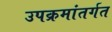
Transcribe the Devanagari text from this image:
उपक्रमांतर्गत